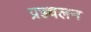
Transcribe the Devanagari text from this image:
प्रज्ज्वलन